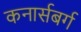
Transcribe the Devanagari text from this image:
कनार्सबर्ग